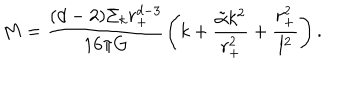
M = \frac { ( d - 2 ) \Sigma _ { k } r _ { + } ^ { d - 3 } } { 1 6 \pi G } \left( k + \frac { \tilde { \alpha } k ^ { 2 } } { r _ { + } ^ { 2 } } + \frac { r _ { + } ^ { 2 } } { l ^ { 2 } } \right) .